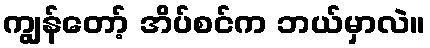
ကျွန်တော့် အိပ်စင်က ဘယ်မှာလဲ။